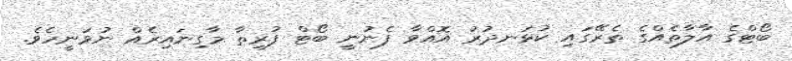
ބޯޓްގެ އާލާތެއްގެ ތެރޭގައި ކުޅަނދުރު އޮއްވާ ފެނުނީ ބޯޓް ފުރިތާ މާގިނައިރެއް ނުވަނީހެވެ.